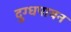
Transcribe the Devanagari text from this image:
दुग्धपायन